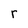
Character: r